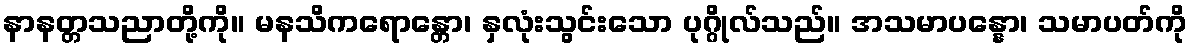
နာနတ္တသညာတို့ကို။ မနသိကရောန္တော၊ နှလုံးသွင်းသော ပုဂ္ဂိုလ်သည်။ အသမာပန္နော၊ သမာပတ်ကို